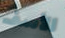
الأسف